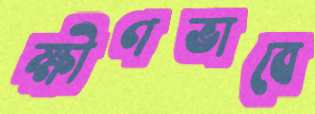
ক্ষীণভাবে